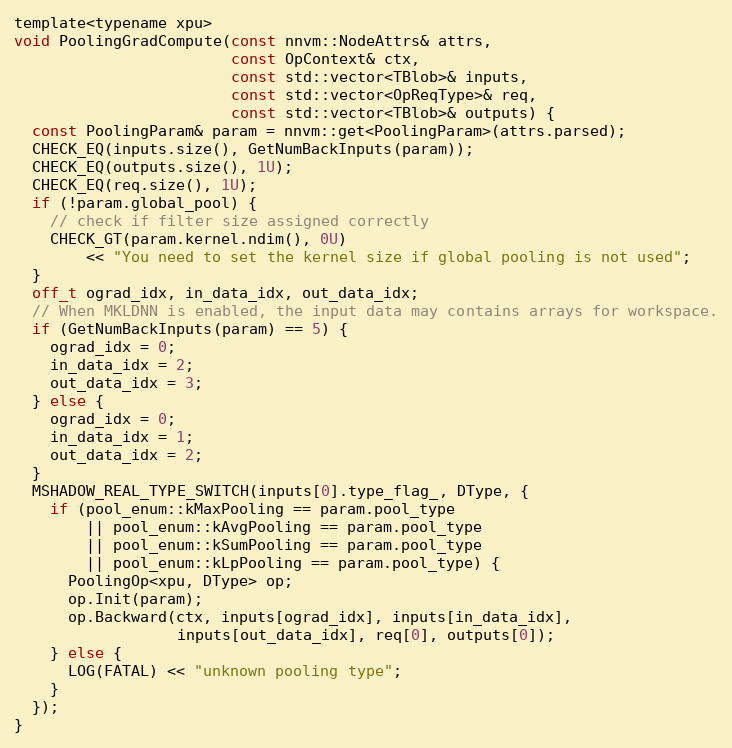
Language: C
template<typename xpu>
void PoolingGradCompute(const nnvm::NodeAttrs& attrs,
                        const OpContext& ctx,
                        const std::vector<TBlob>& inputs,
                        const std::vector<OpReqType>& req,
                        const std::vector<TBlob>& outputs) {
  const PoolingParam& param = nnvm::get<PoolingParam>(attrs.parsed);
  CHECK_EQ(inputs.size(), GetNumBackInputs(param));
  CHECK_EQ(outputs.size(), 1U);
  CHECK_EQ(req.size(), 1U);
  if (!param.global_pool) {
    // check if filter size assigned correctly
    CHECK_GT(param.kernel.ndim(), 0U)
        << "You need to set the kernel size if global pooling is not used";
  }
  off_t ograd_idx, in_data_idx, out_data_idx;
  // When MKLDNN is enabled, the input data may contains arrays for workspace.
  if (GetNumBackInputs(param) == 5) {
    ograd_idx = 0;
    in_data_idx = 2;
    out_data_idx = 3;
  } else {
    ograd_idx = 0;
    in_data_idx = 1;
    out_data_idx = 2;
  }
  MSHADOW_REAL_TYPE_SWITCH(inputs[0].type_flag_, DType, {
    if (pool_enum::kMaxPooling == param.pool_type
        || pool_enum::kAvgPooling == param.pool_type
        || pool_enum::kSumPooling == param.pool_type
        || pool_enum::kLpPooling == param.pool_type) {
      PoolingOp<xpu, DType> op;
      op.Init(param);
      op.Backward(ctx, inputs[ograd_idx], inputs[in_data_idx],
                  inputs[out_data_idx], req[0], outputs[0]);
    } else {
      LOG(FATAL) << "unknown pooling type";
    }
  });
}